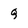
Character: q